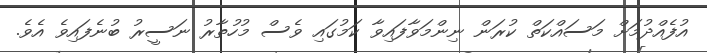
އުފެއްދުމަށް މަސައްކަތް ކުރަން ނިންމަވާފައިވާ ކަމުގައި ވެސް މުހުތާރު ނަސީރު ބުނެފައިވެ އެވެ.